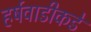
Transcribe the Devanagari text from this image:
हर्षवाडीकडे